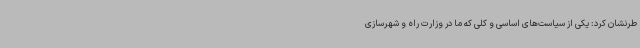
طرنشان کرد: یکی از سیاست‌های اساسی و کلی که ما در وزارت راه و شهرسازی